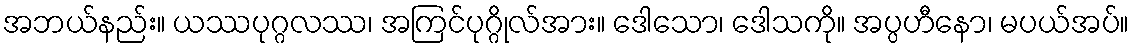
အဘယ်နည်း။ ယဿပုဂ္ဂလဿ၊ အကြင်ပုဂ္ဂိုလ်အား။ ဒေါသော၊ ဒေါသကို။ အပ္ပဟီနော၊ မပယ်အပ်။